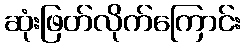
ဆုံးဖြတ်လိုက်ကြောင်း